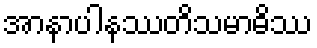
အာနာပါနဿတိသမာဓိဿ